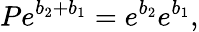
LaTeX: Pe^{b_{2}+b_{1}}=e^{b_{2}}e^{b_{1}},